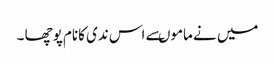
میں نے ماموںسے اس ندی کانام پوچھا ۔